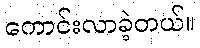
ကောင်းလာခဲ့တယ်။